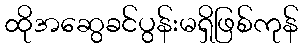
ထိုအဆွေခင်ပွန်းမရှိဖြစ်ကုန်